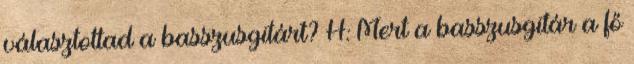
választottad a basszusgitárt? H: Mert a basszusgitár a fő